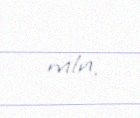
mln.